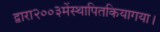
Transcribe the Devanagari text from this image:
द्वारा२००३मेंस्थापितकियागया।